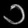
Digit: ၁